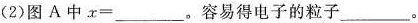
(2)图A中$$x =$$___。容易得电子的粒子___.